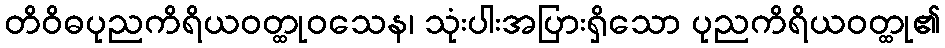
တိဝိဓပုညကိရိယဝတ္ထုဝသေန၊ သုံးပါးအပြားရှိသော ပုညကိရိယဝတ္ထု၏